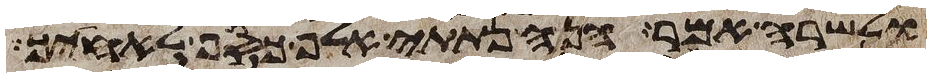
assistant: ולשרה אמר הנה נתתי אלף כסף לאחיך